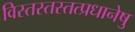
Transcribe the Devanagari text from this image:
विस्तस्तस्तत्प्रधानेषु